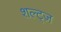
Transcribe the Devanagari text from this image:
शल्ट्ज़